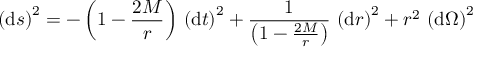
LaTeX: \left( \mathrm { d } s \right) ^ { 2 } = - \left( 1 - { \frac { 2 M } { r } } \right) \, \left( \mathrm { d } t \right) ^ { 2 } + { \frac { 1 } { \left( 1 - { \frac { 2 M } { r } } \right) } } \, \left( \mathrm { d } r \right) ^ { 2 } + r ^ { 2 } \, \left( \mathrm { d } \Omega \right) ^ { 2 }